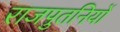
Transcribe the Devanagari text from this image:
राजपुतनियों